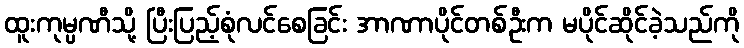
ထူးကုမ္ပဏီသို့ ပြီးပြည့်စုံလင်စေခြင်း အာဏာပိုင်တစ်ဦးက မပိုင်ဆိုင်ခဲ့သည်ကို